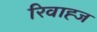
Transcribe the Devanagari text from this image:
रिवाह्ज